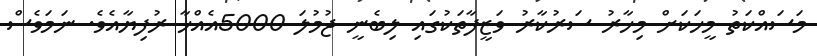
މަސައްކަތު މީހަކަށް މިހާރު ސަރުކާރު ވަޒީފާތަކުގައި ލިބެނީ ޖުމުލަ 5000އެއްހާ ރުފިޔާއެވެ. ނަމަވެސް